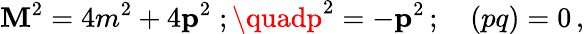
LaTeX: \mathbf{M}^{2}=4m^{2}+4{\mathbf{p}}^{2}\; ;\quadp^{2}=-{\mathbf{p}}^{2}\, ;\quad(pq)=0\, ,